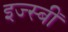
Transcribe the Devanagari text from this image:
इज्स्बीं